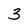
Character: 3